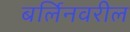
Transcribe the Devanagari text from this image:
बर्लिनवरील